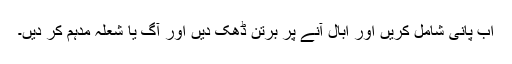
اب پانی شامل کریں اور اُبال آنے پر برتن ڈھک دیں اور آگ یا شعلہ مدہم کر دیں۔